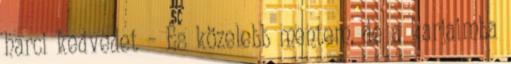
harci kedvedet – És közelebb mentem, de a karjaimba